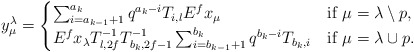
\begin{align*}y_{\mu}^\lambda=\begin{cases} \sum_{i=a_{k-1}+1}^{a_k}q^{a_k-i}T_{i,l}E^f x_\mu & \hbox{if $\mu=\lambda\setminus p$,} \\ E^fx_\lambda T_{l,2f}^{-1}T_{b_k,2f-1}^{-1}\sum _{i=b_{k-1}+1}^{b_k}q^{b_k-i}T_{b_k,i} & \hbox{if $\mu=\lambda\cup p $.}\\ \end{cases}\end{align*}